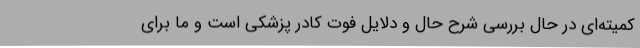
کمیته‌ای در حال بررسی شرح حال و دلایل فوت کادر پزشکی است و ما برای